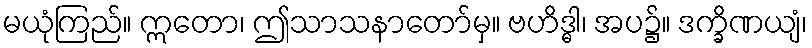
မယုံကြည်။ ဣတော၊ ဤသာသနာတော်မှ။ ဗဟိဒ္ဓါ၊ အပ၌။ ဒက္ခိဏယျံ၊